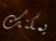
يمكنك